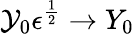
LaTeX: \mathcal{Y}_{0}\epsilon^{\frac{1}{2}}\rightarrow Y_{0}